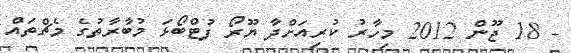
- 18 ޖޫން 2012 މިހާރު ކުރިއަށްދާ ޔޫރޯ ފުޓްބޯޅަ މުބާރާތުގެ މެޗްތައް